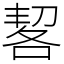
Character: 㗉